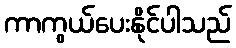
ကာကွယ်ပေးနိုင်ပါသည်